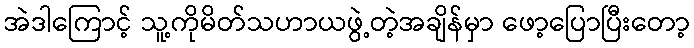
အဲဒါကြောင့် သူ့ကိုမိတ်သဟာယဖွဲ့တဲ့အချိန်မှာ ဖော့ပြောပြီးတော့